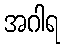
အဂါရ